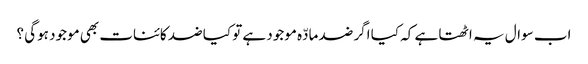
اب سوال یہ اٹھتا ہے کہ کیا اگر ضد مادّہ موجود ہے تو کیا ضد کائنات بھی موجود ہوگی ؟